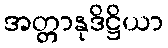
အတ္တာနုဒိဋ္ဌိယာ